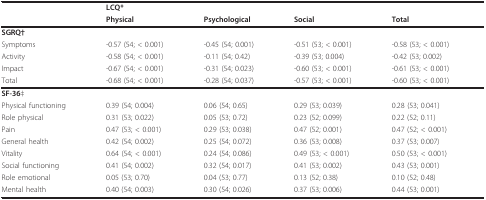
<table><thead><tr><td></td><td><b>LCQ*</b></td><td></td><td></td><td></td></tr><tr><td></td><td><b>Physical</b></td><td><b>Psychological</b></td><td><b>Social</b></td><td><b>Total</b></td></tr></thead><tbody><tr><td><b>SGRQ</b>†</td><td></td><td></td><td></td><td></td></tr><tr><td>Symptoms</td><td>-0.57 (54; &lt; 0.001)</td><td>-0.45 (54; 0.001)</td><td>-0.51 (53; &lt; 0.001)</td><td>-0.58 (53; &lt; 0.001)</td></tr><tr><td>Activity</td><td>-0.58 (54; &lt; 0.001)</td><td>-0.11 (54; 0.42)</td><td>-0.39 (53; 0.004)</td><td>-0.42 (53; 0.002)</td></tr><tr><td>Impact</td><td>-0.67 (54; &lt; 0.001)</td><td>-0.31 (54; 0.023)</td><td>-0.60 (53; &lt; 0.001)</td><td>-0.61 (53; &lt; 0.001)</td></tr><tr><td>Total</td><td>-0.68 (54; &lt; 0.001)</td><td>-0.28 (54; 0.037)</td><td>-0.57 (53; &lt; 0.001)</td><td>-0.60 (53; &lt; 0.001)</td></tr><tr><td><b>SF-36</b>‡</td><td></td><td></td><td></td><td></td></tr><tr><td>Physical functioning</td><td>0.39 (54; 0.004)</td><td>0.06 (54; 0.65)</td><td>0.29 (53; 0.039)</td><td>0.28 (53; 0.041)</td></tr><tr><td>Role physical</td><td>0.31 (53; 0.022)</td><td>0.05 (53; 0.72)</td><td>0.23 (52; 0.099)</td><td>0.22 (52; 0.11)</td></tr><tr><td>Pain</td><td>0.47 (53; &lt; 0.001)</td><td>0.29 (53; 0.038)</td><td>0.47 (52; 0.001)</td><td>0.47 (52; &lt; 0.001)</td></tr><tr><td>General health</td><td>0.42 (54; 0.002)</td><td>0.25 (54; 0.072)</td><td>0.36 (53; 0.008)</td><td>0.37 (53; 0.007)</td></tr><tr><td>Vitality</td><td>0.64 (54; &lt; 0.001)</td><td>0.24 (54; 0.086)</td><td>0.49 (53; &lt; 0.001)</td><td>0.50 (53; &lt; 0.001)</td></tr><tr><td>Social functioning</td><td>0.41 (54; 0.002)</td><td>0.32 (54; 0.017)</td><td>0.41 (53; 0.002)</td><td>0.43 (53; 0.001)</td></tr><tr><td>Role emotional</td><td>0.05 (53; 0.70)</td><td>0.04 (53; 0.77)</td><td>0.13 (52; 0.38)</td><td>0.10 (52; 0.48)</td></tr><tr><td>Mental health</td><td>0.40 (54; 0.003)</td><td>0.30 (54; 0.026)</td><td>0.37 (53; 0.006)</td><td>0.44 (53; 0.001)</td></tr></tbody></table>